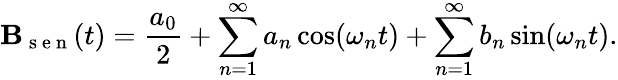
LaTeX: \mathbf{B}_{\mathrm{{~s~e~n~}}}(t)=\frac{{a_{0}}}{{2}}+\sum_{n=1}^{\infty}a_{n}\cos(\omega_{n}t)+\sum_{n=1}^{\infty}b_{n}\sin(\omega_{n}t).